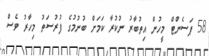
58 ޕަސެންޓް މީހުން އިތުބާރު ނުކުރާ ކަމަށް ބުނުމުގެ ފުރުސަތު މިހާރު ވެސް